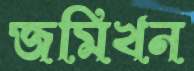
জমিখন